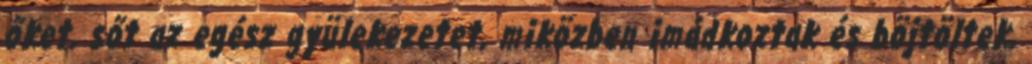
őket, sőt az egész gyülekezetet, miközben imádkoztak és böjtöltek,